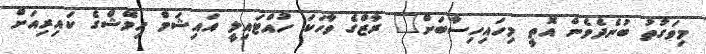
މިވަގުތު ބުނެދެވެން އޮތީ މިހައިހިސާބަށް" ރާޒްގެ ވާހަކަ ހުއްޓައިލީ އައިޝަމް ހިމޭޝްގެ ކައިރިއަށް